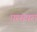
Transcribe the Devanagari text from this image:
परमपरा